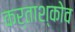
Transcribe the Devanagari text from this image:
कर्ताश्कोव